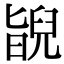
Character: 𦦃